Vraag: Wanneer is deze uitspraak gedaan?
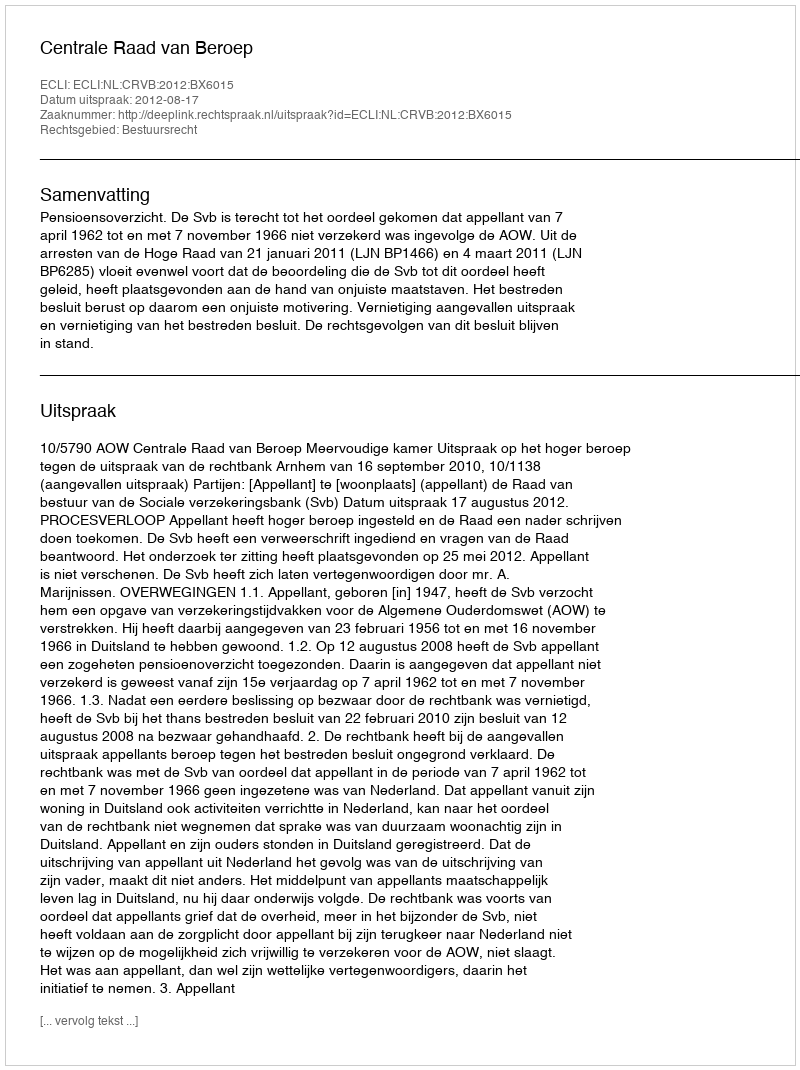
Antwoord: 2012-08-17